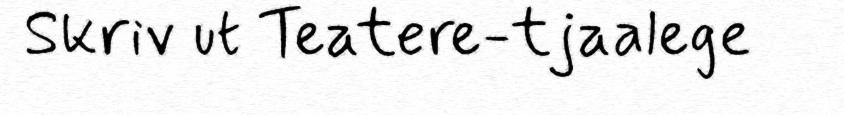
Skriv ut Teatere-tjaalege